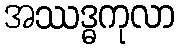
အဿဒ္ဓကုလာ